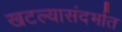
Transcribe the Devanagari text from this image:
खटल्यासंदर्भात